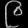
Digit: ၉